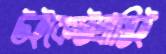
উইকেটপ্রাপ্তিই